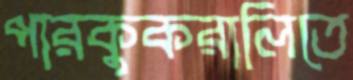
পারকুকরালিতে